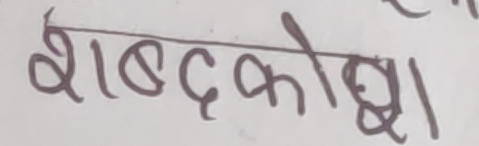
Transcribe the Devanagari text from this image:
शब्दकोश